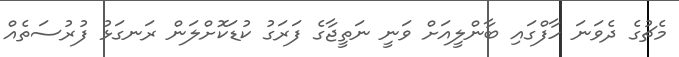
މެޗުގެ ދެވަނަ ހާފްގައި ބާންލީއަށް ވަނީ ނަތީޖާގެ ފަރަގު ކުޑަކޮށްލަން ރަނގަޅު ފުރުސަތެއް